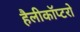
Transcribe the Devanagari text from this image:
हैलीकॉप्टरो